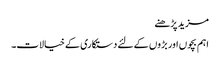
مزید پڑھنے
اہم بچوں اور بڑوں کے لئے دستکاری کے خیالات۔